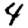
Digit: 4